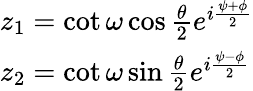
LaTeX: \begin{array}{ll}{{z_{1}=\cot\omega\cos\frac{\theta}{2}e^{i\frac{\psi+\phi}{2}}}}\\ {{z_{2}=\cot\omega\sin\frac{\theta}{2}e^{i\frac{\psi-\phi}{2}}}}\end{array}